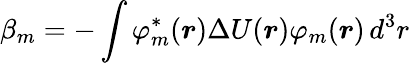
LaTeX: \beta_{m}=-\int\varphi_{m}^{*}({\boldsymbol{r}})\Delta U({\boldsymbol{r}})\varphi_{m}({\boldsymbol{r}})\, d^{3}r